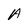
Character: A